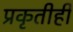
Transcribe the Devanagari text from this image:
प्रकृतीही